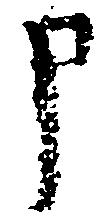
申